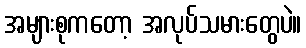
အများစုကတော့ အလုပ်သမားတွေပဲ။